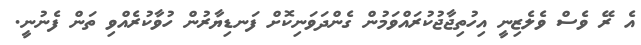
އެ ރޭ ވެސް ވެލެޒިނީ އިހުތިޖާޖުކުރައްވަމުން ގެންދަވަނިކޮށް ފަނޑިޔާރުން ހުވާކުރެއްވި ތަން ފެނުނީ.